Annual administration report of the Civil Veterinary Department of India - 1898-1899
Year: 1898
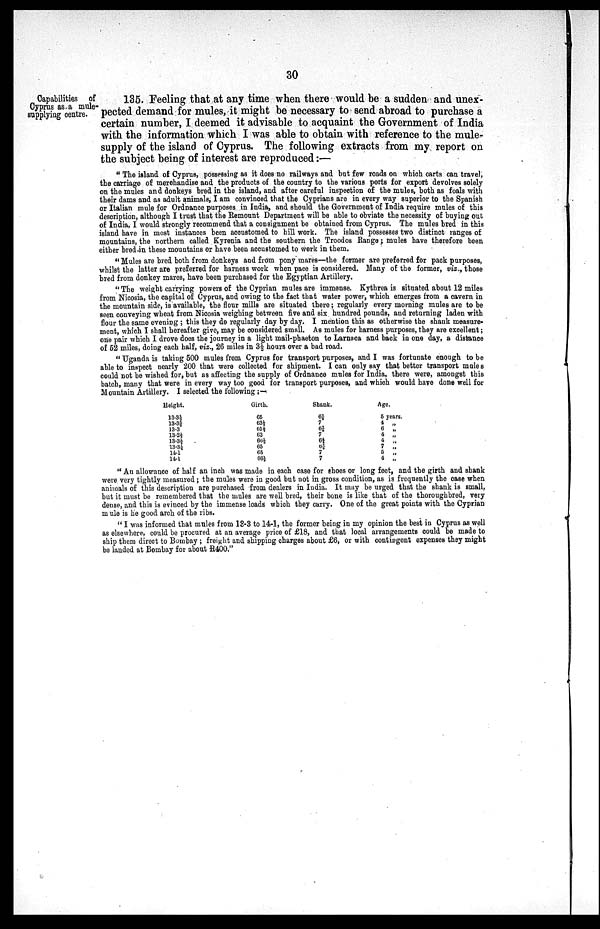
30
Capabilities of
Cyprus as a mule¬
supplying centre.
135. Feeling that at any time when there would be a sudden and unex
pected demand for mules, it might be necessary to send abroad to purchase a
certain number, I deemed it advisable to acquaint the Government of India
with the information which I was able to obtain with reference to the mule-
supply of the island of Cyprus. The following extracts from my report on
the subject being of interest are reproduced:—
"The island of Cyprus, possessing as it does no railways and but few roads on which carts can travel,
the carriage of merchandise and the products of the country to the various ports for export devolves solely
on the mules and donkeys bred in the island, and after careful inspection of the mules, both as foals with
their dams and as adult animals, I am convinced that the Cyprians are in every way superior to the Spanish
or Italian mule for Ordnance purposes in India, and should the Government of India require mules of this
description, although I trust that the Remount Department will be able to obviate the necessity of buying out
of India, I would strongly recommend that a consignment be obtained from Cyprus. The mules bred in this
island have in most instances been accustomed to bill work. The island possesses two distinct ranges of
mountains, the northern called Kyrenia and the southern the Troodos Range; mules have therefore been
either bred in these mountains or have been accustomed to work in them.
"Mules are bred both from donkeys and from pony mares—the former are preferred for pack purposes,
whilst the latter are preferred for harness work when pace is considered. Many of the former, viz., those
bred from donkey mares, have been purchased for the Egyptian Artillery.
"The weight carrying powers of the Cyprian mules are immense. Kythrea is situated about 12 miles
from Nicosia, the capital of Cyprus, and owing to the fact that water power, which emerges from a cavern in
the mountain side, is available, the flour mills are situated there; regularly every morning mules are to be
seen conveying wheat from Nicosia weighing between five and six hundred pounds, and returning laden with
flour the same evening; this they do regularly day by day. I mention this as otherwise the shank measure
ment, which I shall hereafter give, may be considered small. As mules for harness purposes, they are excellent;
one pair which I drove does the journey in a light mail-phaeton to Larnaca and back in one day, a distance
of 52 miles, doing each half, viz., 26 miles in 3½ hours over a bad road.
"Uganda is taking 500 mules from Cyprus for transport purposes, and I was fortunate enough to be
able to inspect nearly 200 that were collected for shipment. I can only say that better transport mules
could not be wished for, but as affecting the supply of Ordnance mules for India, there were, amongst this
batch, many that were in every way too good for transport purposes, and which would have done well for
Mountain Artillery. I selected the following:—
Height.
13.3½
13.3½
13.3
13.2½
13.3½
13.3½
14.1
14.1
Girth.
65
63½
65½
63
66⅓
65
65
66½
Shank.
6⅞
7
6⅞ 7
6½
6⅞
7
7
Age.
5 years.
4 „
6 „
4 „
4 „
7 „
5 „
4 „
"An allowance of half an inch was made in each case for shoes or long feet, and the girth and shank
were very tightly measured; the mules were in good but not in gross condition, as is frequently the case when
animals of this description are purchased from dealers in India. It may be urged that the shank is small,
but it must be remembered that the mules are well bred, their bone is like that of the thoroughbred, very
dense, and this is evinced by the immense loads which they carry. One of the great points with the Cyprian
mule is he good arch of the ribs.
"I was informed that mules from 13.3 to 14.1, the former being in my opinion the best in Cyprus as well
as elsewhere, could be procured at an average price of £18, and that local arrangements could be made to
ship them direct to Bombay; freight and shipping charges about £6, or with contingent expenses they might
be lauded at Bombay for about R400."